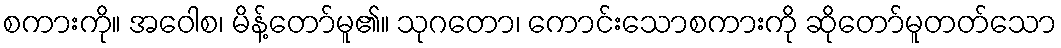
စကားကို။ အဝေါစ၊ မိန့်တော်မူ၏။ သုဂတော၊ ကောင်းသောစကားကို ဆိုတော်မူတတ်သော